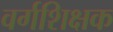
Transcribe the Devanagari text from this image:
वर्गशिक्षक